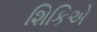
શિકિએ